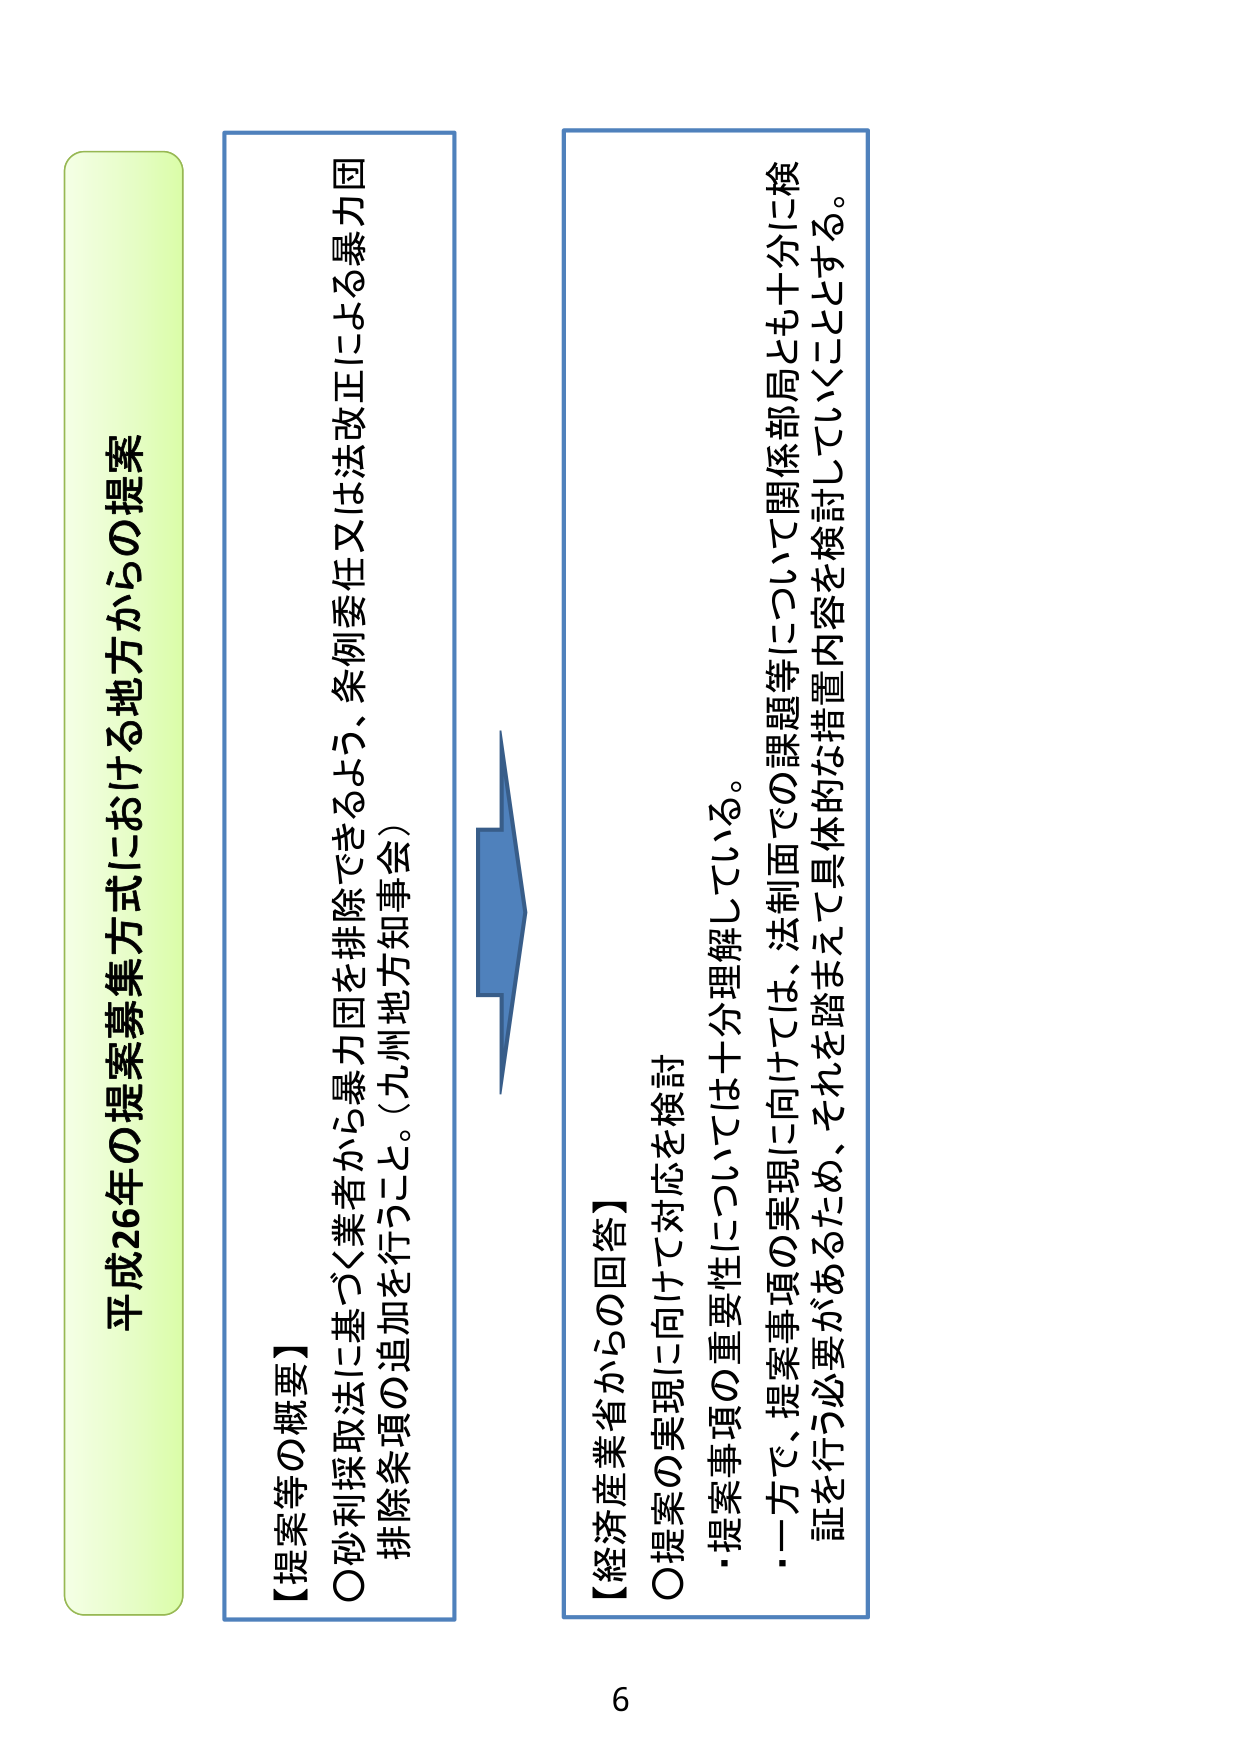
平成26年の提案募集方式における地方からの提案

【提案等の概要】
○砂利採取法に基づく業者から暴力団を排除できるよう、条例委任又は法改正による暴力団
排除条項の追加を行うこと。（九州地方知事会）

【経済産業省からの回答】
○提案の実現に向けて対応を検討
・提案事項の重要性については十分理解している。
・一方で、提案事項の実現に向けては、法制面での課題等について関係部局とも十分に検
証を行う必要があるため、それを踏まえて具体的な措置内容を検討していくこととする。

6